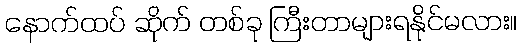
နောက်ထပ် ဆိုက် တစ်ခု ကြီးတာများရနိုင်မလား။